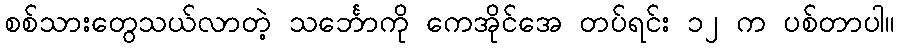
စစ်သားတွေသယ်လာတဲ့ သင်္ဘောကို ကေအိုင်အေ တပ်ရင်း ၁၂ က ပစ်တာပါ။